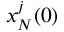
x _ { N } ^ { j } ( 0 )